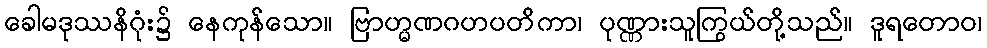
ခေါမဒုဿနိဂုံး၌ နေကုန်သော။ ဗြာဟ္မဏဂဟပတိကာ၊ ပုဏ္ဏားသူကြွယ်တို့သည်။ ဒူရတောဝ၊